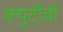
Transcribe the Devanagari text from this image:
क्युटीवी